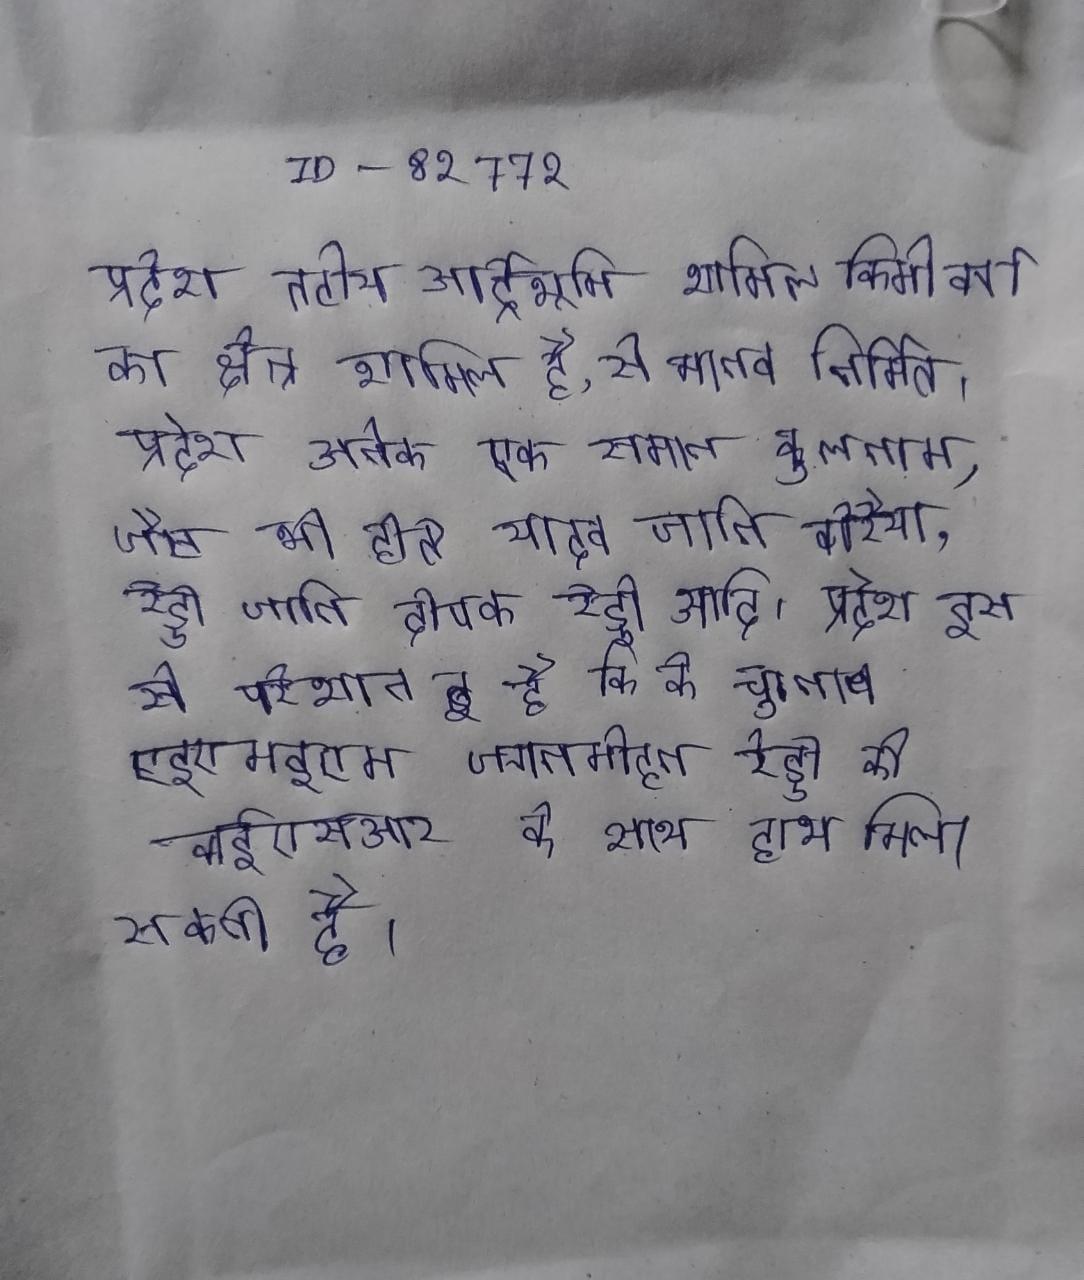
प्रदेश तटीय आर्द्रभूमि शामिल किमी वर्ग का क्षेत्र शामिल है, से मानव निर्मित । प्रदेश अनेक एक समान कुलनाम, जैसे भी होते यादव जाति वीरैया, रेड्डी जाति दीपक रेड्डी आदि । प्रदेश इस से परेशान है कि के चुनाव एइएमइएम जगनमोहन रेड्डी की वाईएसआर के साथ हाथ मिला सकती है ।